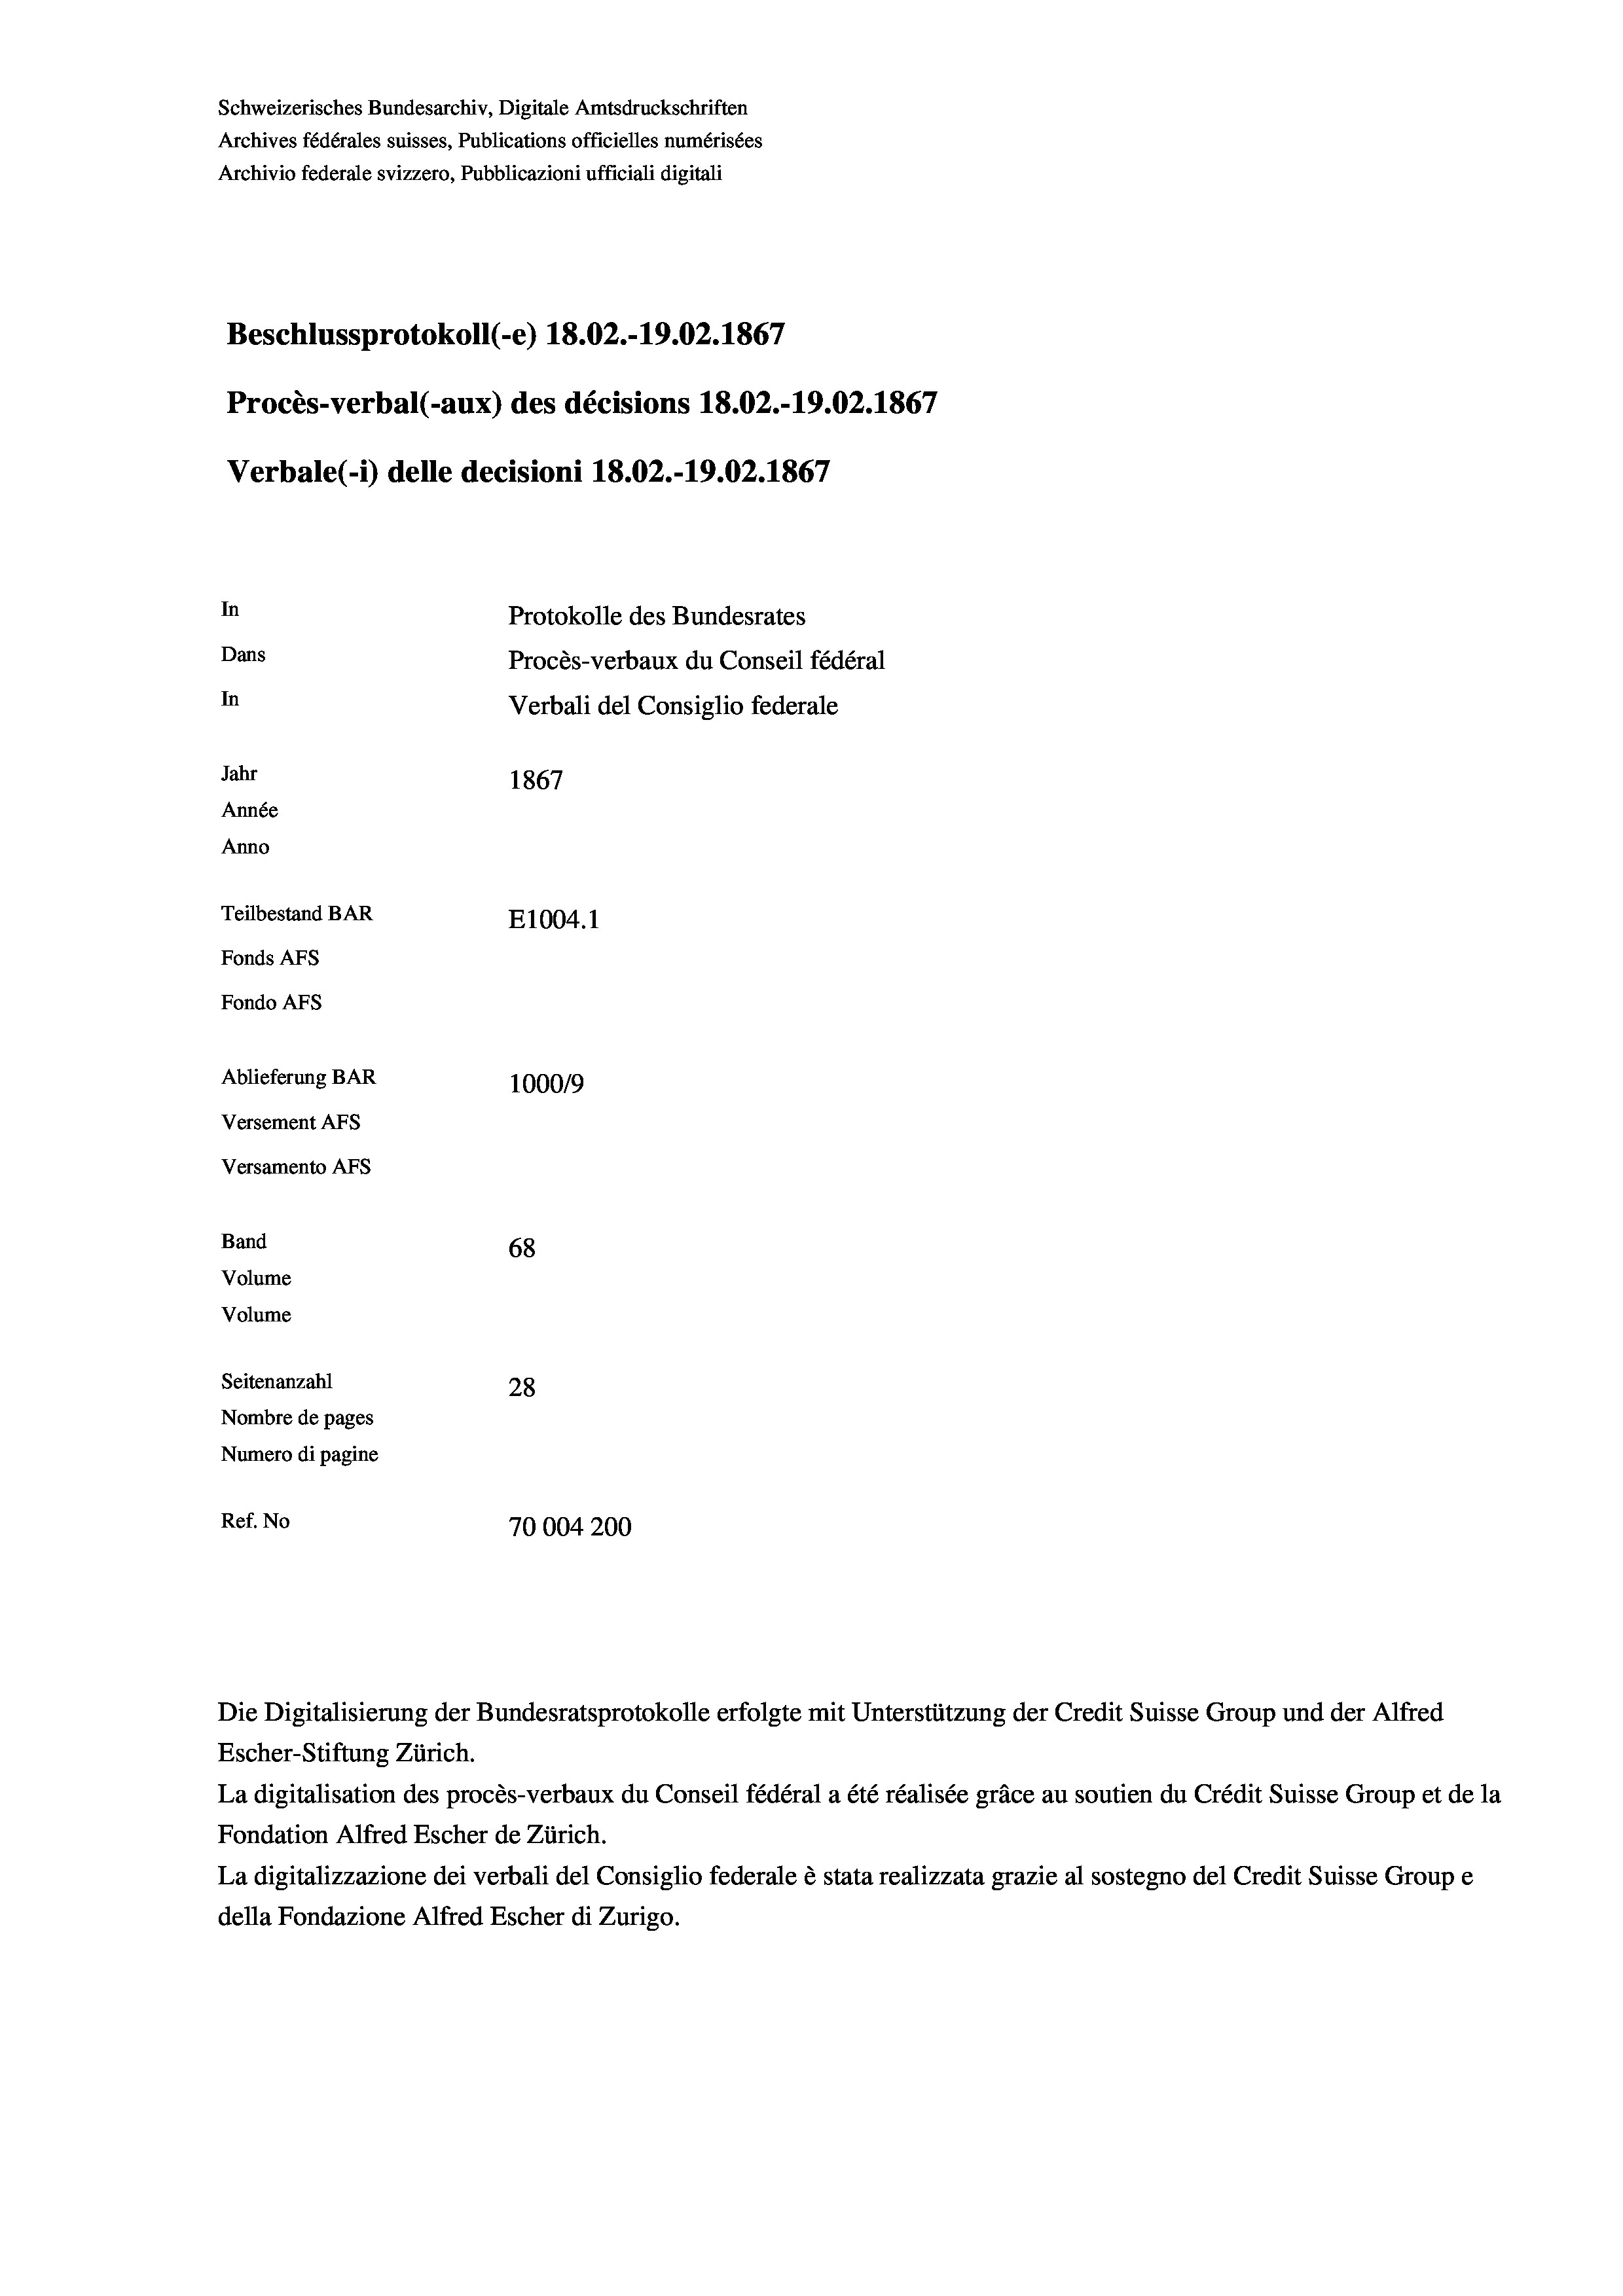
Schweizerisches Bundesarchiv, Digitale Amtsdruckschriften
Archives fédérales suisses, Publications officielles numérisées
Archivio federale svizzero, Pubblicazioni ufficiali digitali
Beschlussprotokoll (e) 18.02.-19.02. 1867
Procès-verbal (-aux) des décisions 18.02.-19.02.1867
Verbale (i) delle decisioni 18.02.-19.02. 1867
In
Protokolle des Bundesrates
Dans
Procès-verbaux du Conseil fédéral
In
Verbali del Consiglio federale
Jahr
1867
Année
Anno
Teilbestand BAR
E1004.1
Fonds AFs
Fondo AFS
Ablieferung BAR
100019
Versement AFs
Versamento AFs
Band
68
Volume
Volume
Seitenanzahl
28
Nombre de pages
Numero di pagine
Ref. No
70004200

Escher-Stiftung Zürich.
La digitalisation des procès-verbaux du Conseil fédéral a été réalisée gräce au soutien du Crédit Suisse Group et de la
Fondation Alfred Escher de Zürich.
La digitalizzazione dei verbali del Consiglio federale è stata realizzata grazie al sostegno del Credit Suisse Groupe
della Fondazione Alfred Escher di Zurigo.

Die Digitalisierung der Bundesratsprotokolle erfolgte mit Unterstützung der Credit Suisse Group und der Alfred